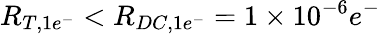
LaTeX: R_{T,1e^{-}}<R_{DC,1e^{-}}=1\times 10^{-6}e^{-}